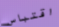
اقتباس